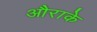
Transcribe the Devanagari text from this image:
औराके